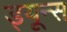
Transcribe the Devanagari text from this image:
ड्यून्स